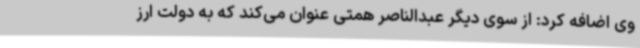
وی اضافه کرد: از سوی دیگر عبدالناصر همتی عنوان می‌کند که به دولت ارز